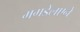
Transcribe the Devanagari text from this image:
मगडेलएने